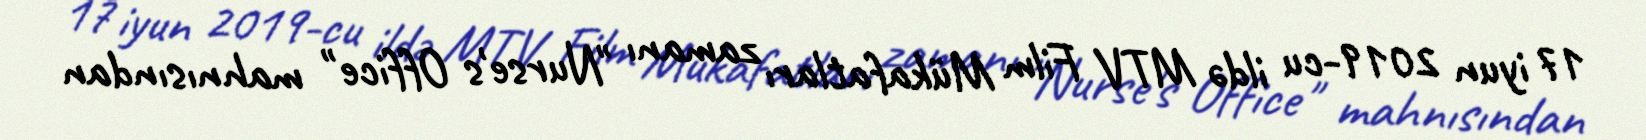
17 iyun 2019-cu ildə MTV Film Mükafatları zamanı "Nurse's Office" mahnısından